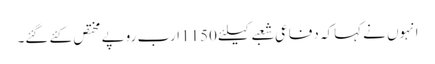
انہوں نے کہاکہ دفاعی شعبے کیلئے 1150 ارب روپے مختص کئے گئے۔